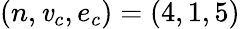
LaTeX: (n,\mathit{v}_{c},e_{c})=(4,1,5)